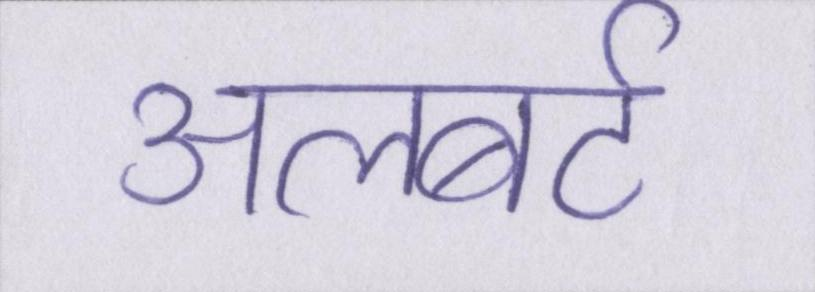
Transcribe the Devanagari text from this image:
अलबर्ट